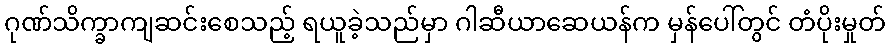
ဂုဏ်သိက္ခာကျဆင်းစေသည့် ရယူခဲ့သည်မှာ ဂါဆီယာဆေယန်က မှန်ပေါ်တွင် တံပိုးမှုတ်